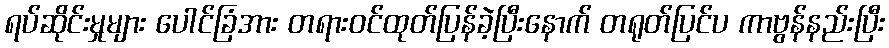
ရပ်ဆိုင်းမှုများ ပေါင်ခြံအား တရားဝင်ထုတ်ပြန်ခဲ့ပြီးနောက် တရုတ်ပြင်ပ ကာဗွန်နည်းပြီး